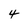
Character: 4